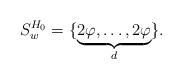
LaTeX: \begin{align*} S_w^{H_0}=\{ \underbrace{ 2\varphi, \dots, 2\varphi}_{d}\}.\end{align*}